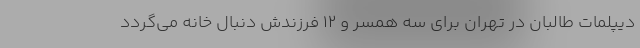
دیپلمات طالبان در تهران برای سه همسر و ۱۲ فرزندش دنبال خانه می‌گردد